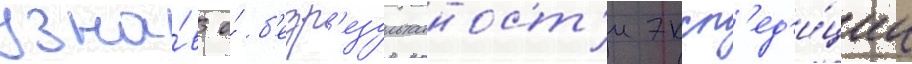
узна́в о́ б'езр'езультатност'и эксп'ед'и́ции